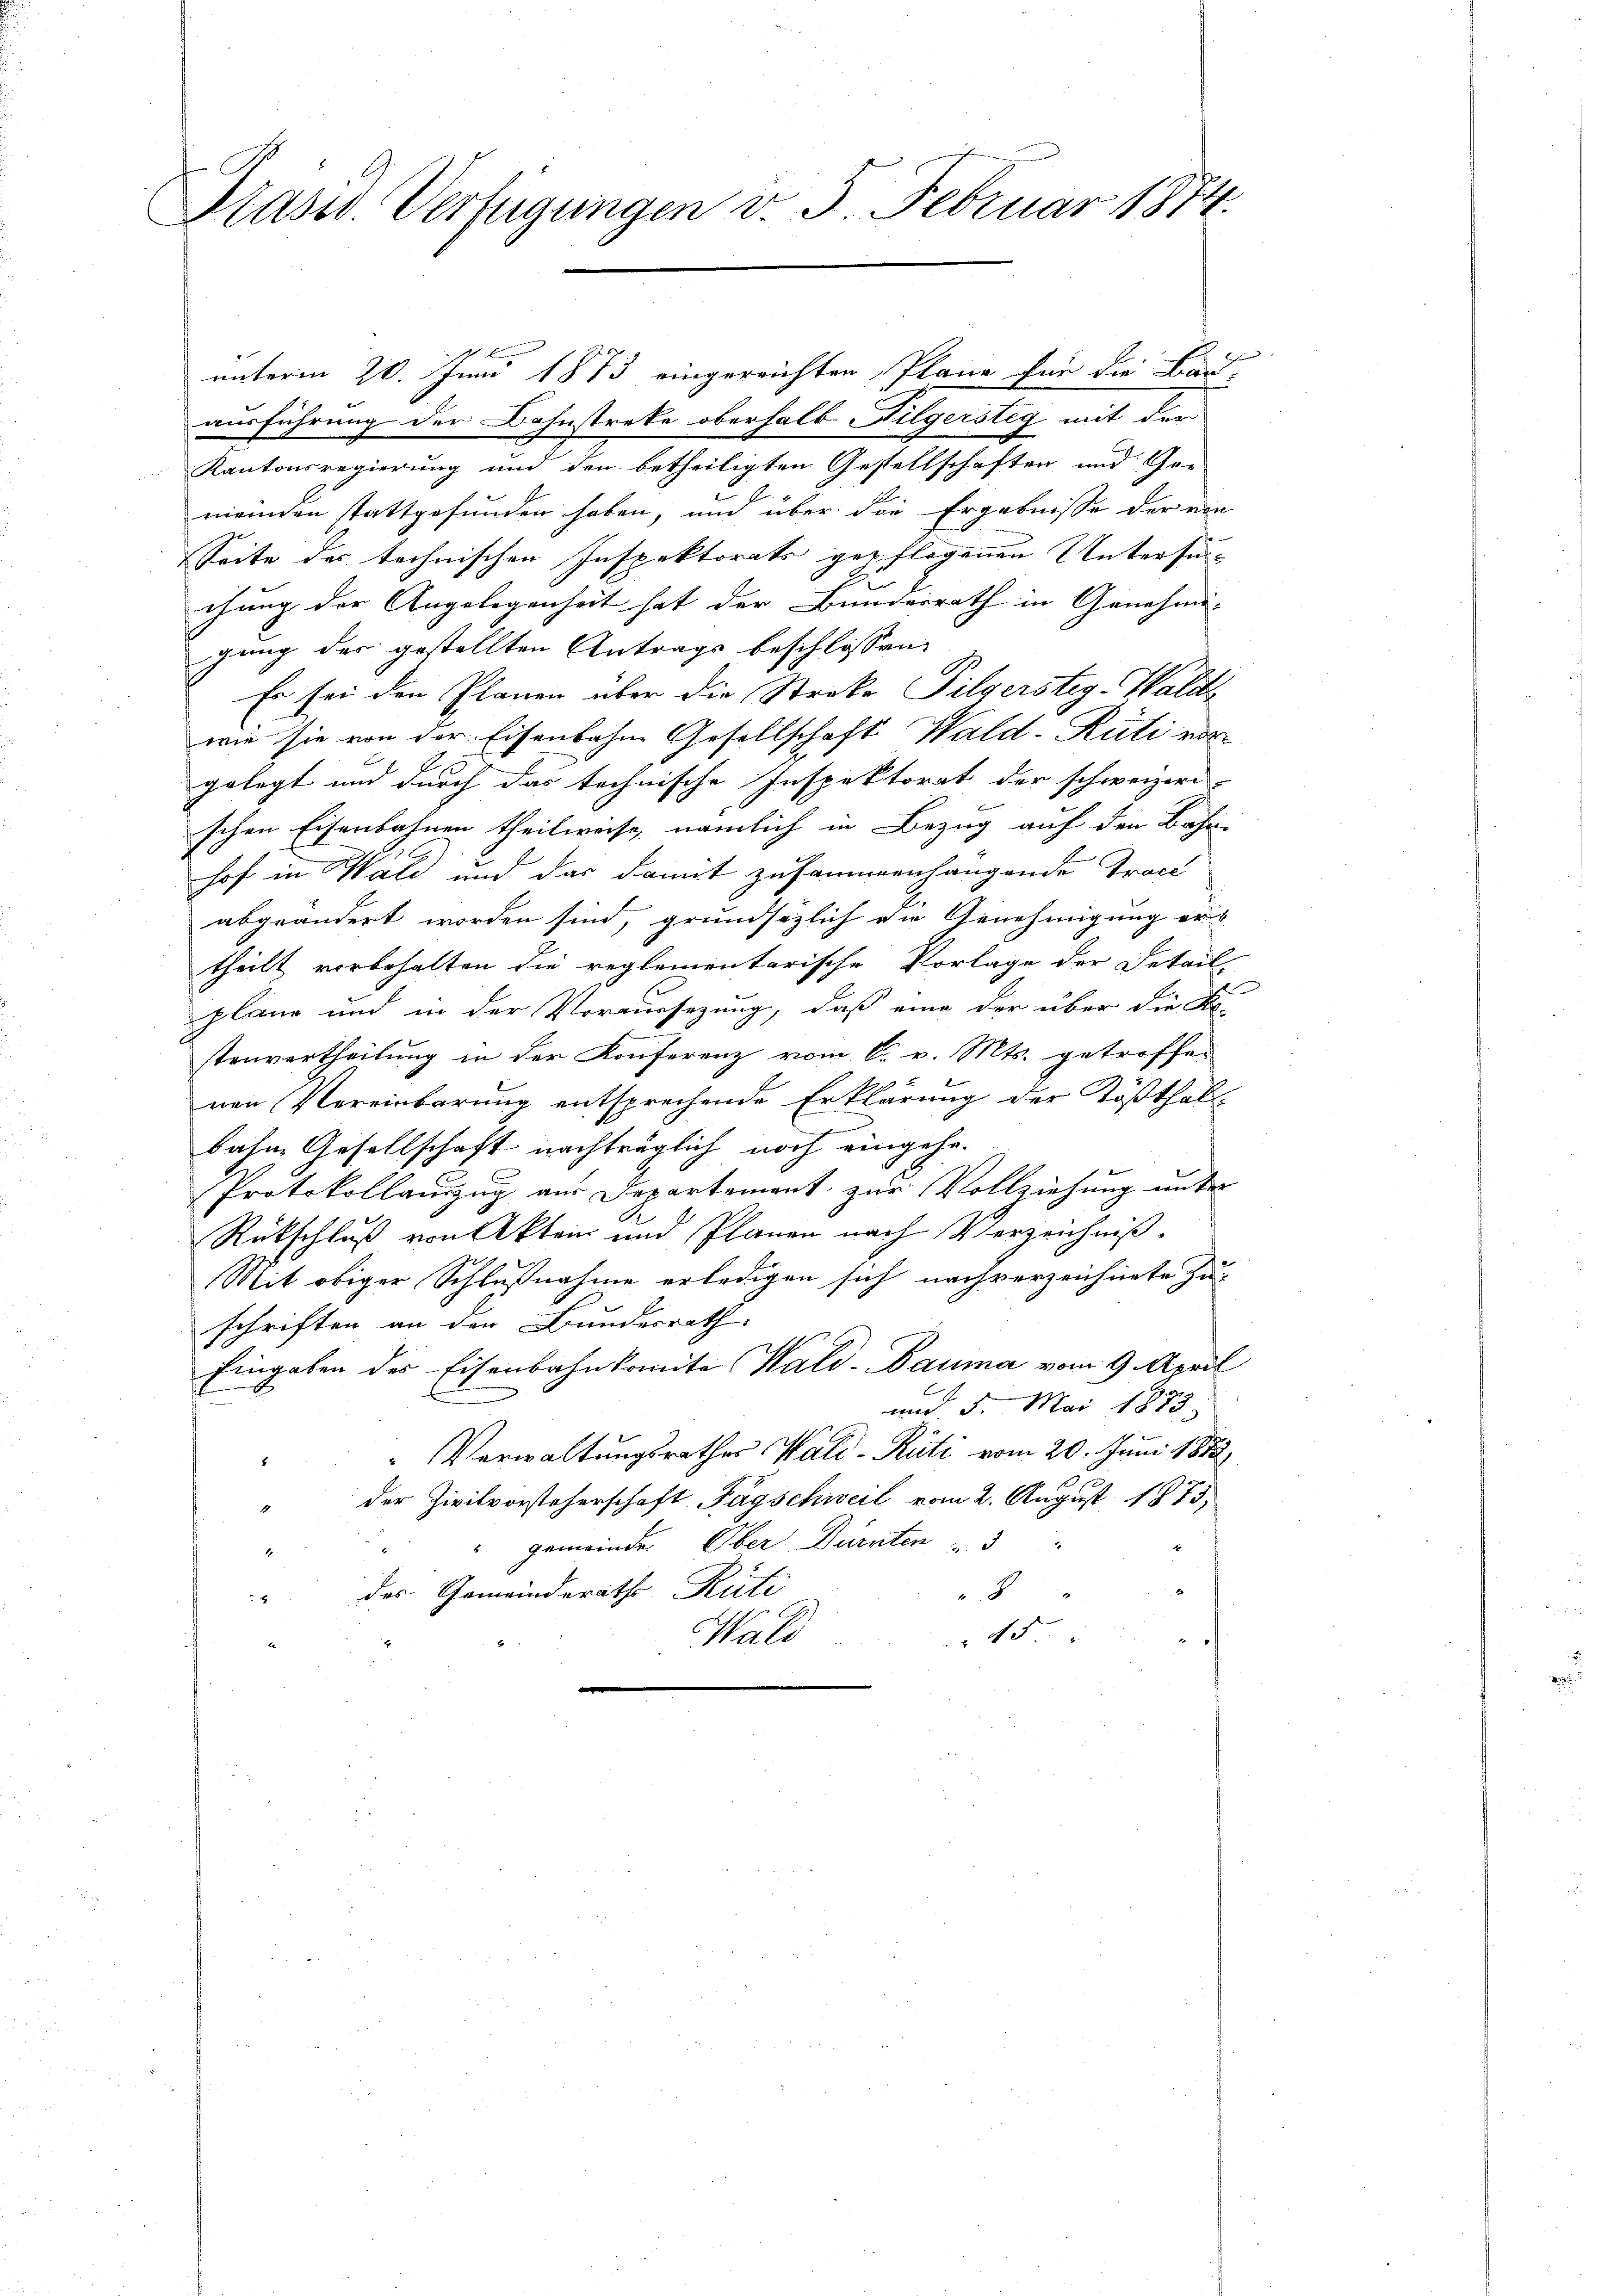
Plast. Verfügungen v. 5. Februar 1874.

unterm 20. Juni 1873 eingereichten Pläne für die Bau-
ausführung der Dahnstreke oberhalb Filgersteg mit der
Kantonsregierung und den betheiligten Gestellschaften und Gemeinden stattgefunden haben, und über die Ergebnisse der ein
Seite des technischen Inspektorats gepflogenen Untersu- |
chung der Angelegenheit hat der Bundesrath in Genehmi-
gung der gestellten Antrags beschlossen:
1
Es sei den Planen über die Strako Pilgersteg-Walds
wie sie von der Eisenbahne Gesellschaft Wald–Rüti vor
gelegt und durch das technische Inspektorat der schweizeri
schen Eisenbahnen theilweise, nämlich in Bezug auf den Bahn-
hof in Wald und das damit zusammenhangende Trace
abgeändert worden sind, grundsazlich die Genehmigung ertheilt vorbehalten die reglementarische Vorlage der Detail-
t
plane und in der Voraussezung, daß eine der über die Ko-
stenvertheilung in der Konferenz vom 6. v. Mts. getroffen
nen Vereinbarung entsprechende Erklärung der Tößthalt
n
bahne Gesellschaft nachträglich noch eingehe.
Protokollauzug aus Departement zur Vollziehung unter |
Rückschluß von Akten und Plänen nach Verzeichniß.
Mit obiger Schlußnahme erledigen sich nach verzeichnete Zu-
schriften an den Bundesrath.
Eingaben des Eisenbahnkomite Hald-Bauma vom 9. April
E
und 5. Mai 1873
Verwaltungsrathes Wald–Rüti vom 20. Juni 1888
der Zivilvorsteherschaft Tagschweil vom 2. August 1873,
1
gemeinde Ober Dürnten 3
¬
.
der Gemeinderath Rüti

x
Wald
15